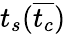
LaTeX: t_{s}(\overline{{t_{c}}})